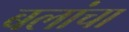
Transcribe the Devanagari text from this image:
बलांचा